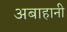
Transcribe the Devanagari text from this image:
अबाहानी